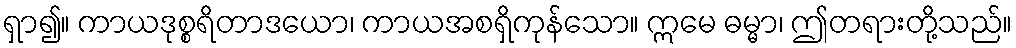
ရှာ၍။ ကာယဒုစ္စရိတာဒယော၊ ကာယအစရှိကုန်သော။ ဣမေ ဓမ္မာ၊ ဤတရားတို့သည်။